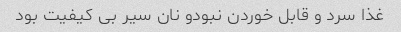
غذا سرد و قابل خوردن نبودو نان سیر بی کیفیت بود